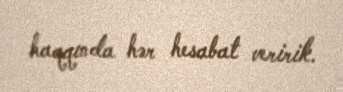
haqqında hər hesabat veririk.